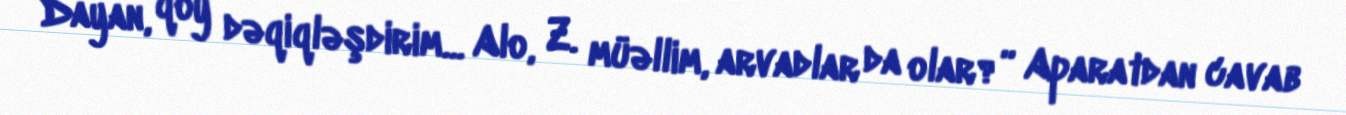
Dayan, qoy dəqiqləşdirim... Alo, Z. müəllim, arvadlar da olar?” Aparatdan cavab